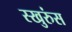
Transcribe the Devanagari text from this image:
स्खुरुंस